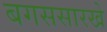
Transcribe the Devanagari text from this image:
बगससारखे